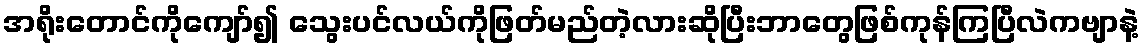
အရိုးတောင်ကိုကျော်၍ သွေးပင်လယ်ကိုဖြတ်မည်တဲ့လားဆိုပြီးဘာတွေဖြစ်ကုန်ကြပြီလဲကဗျာနဲ့